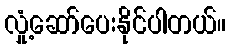
လှုံ့ဆော်ပေးနိုင်ပါတယ်။